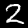
Digit: 2